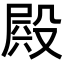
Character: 𣪫